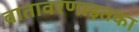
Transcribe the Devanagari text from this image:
वातावरणाइतका